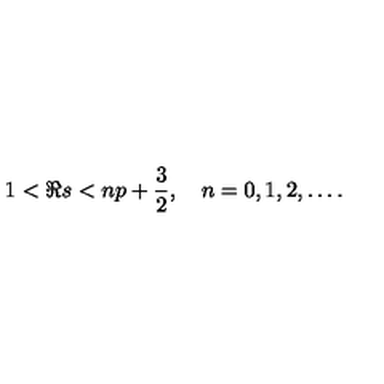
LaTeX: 1 < \Re s < n p + \frac { 3 } { 2 } , \quad n = 0 , 1 , 2 , \ldots .